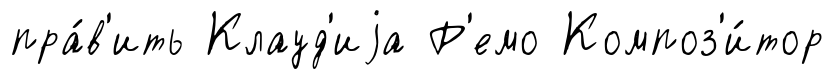
пра́в'ить Клауд'иjа Р'емо Композ'и́тор